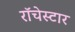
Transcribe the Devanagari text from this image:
रॉचेस्टार